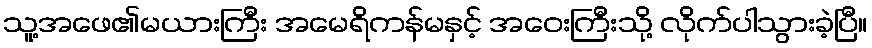
သူ့အဖေ၏မယားကြီး အမေရိကန်မနှင့် အဝေးကြီးသို့ လိုက်ပါသွားခဲ့ပြီ။